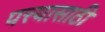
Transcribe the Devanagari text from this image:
पत्त्यासाठी